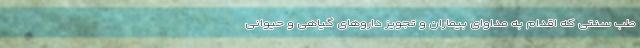
طب سنتی که اقدام به مداوای بیماران و تجویز دارو‌های گیاهی و حیوانی